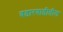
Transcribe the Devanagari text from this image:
वडारवाडीतील